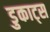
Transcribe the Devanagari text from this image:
डुकाट्स